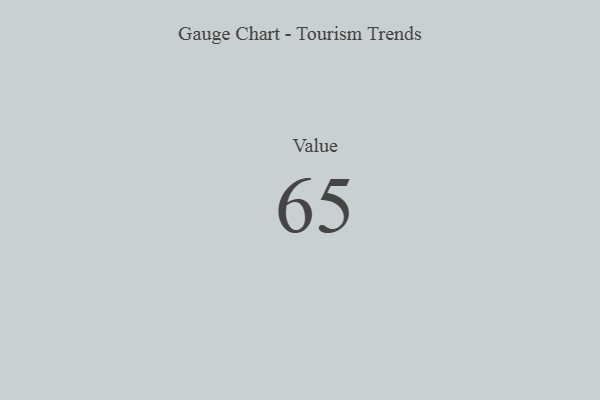
{"axis": {"x": "Metric", "y": "Value"}, "legend": [""], "data": [{"x": "Value", "y": 65, "type": ""}]}